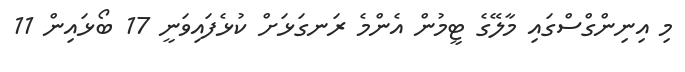
މި އިނިންގްސްގައި މާލޭގެ ޓީމުން އެންމެ ރަނގަޅަށް ކުޅެފައިވަނީ 17 ބޯޅައިން 11